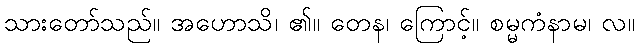
သားတော်သည်။ အဟောသိ၊ ၏။ တေန၊ ကြောင့်။ စမ္မကံနာမ၊ လ။